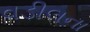
વડીલના